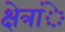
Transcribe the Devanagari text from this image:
क्षेत्रांे